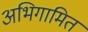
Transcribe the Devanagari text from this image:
अभिगामित